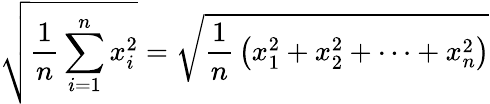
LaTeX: {\sqrt{{\frac{1}{n}}\sum_{i=1}^{n}x_{i}^{2}}}={\sqrt{{\frac{1}{n}}\left(x_{1}^{2}+x_{2}^{2}+\cdots+x_{n}^{2}\right)}}